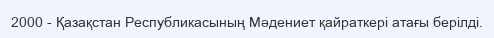
2000 - Қазақстан Республикасының Мәдениет қайраткері атағы берілді.